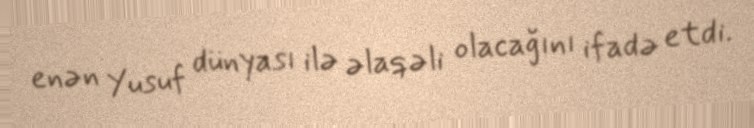
enən Yusuf dünyası ilə əlaqəli olacağını ifadə etdi.